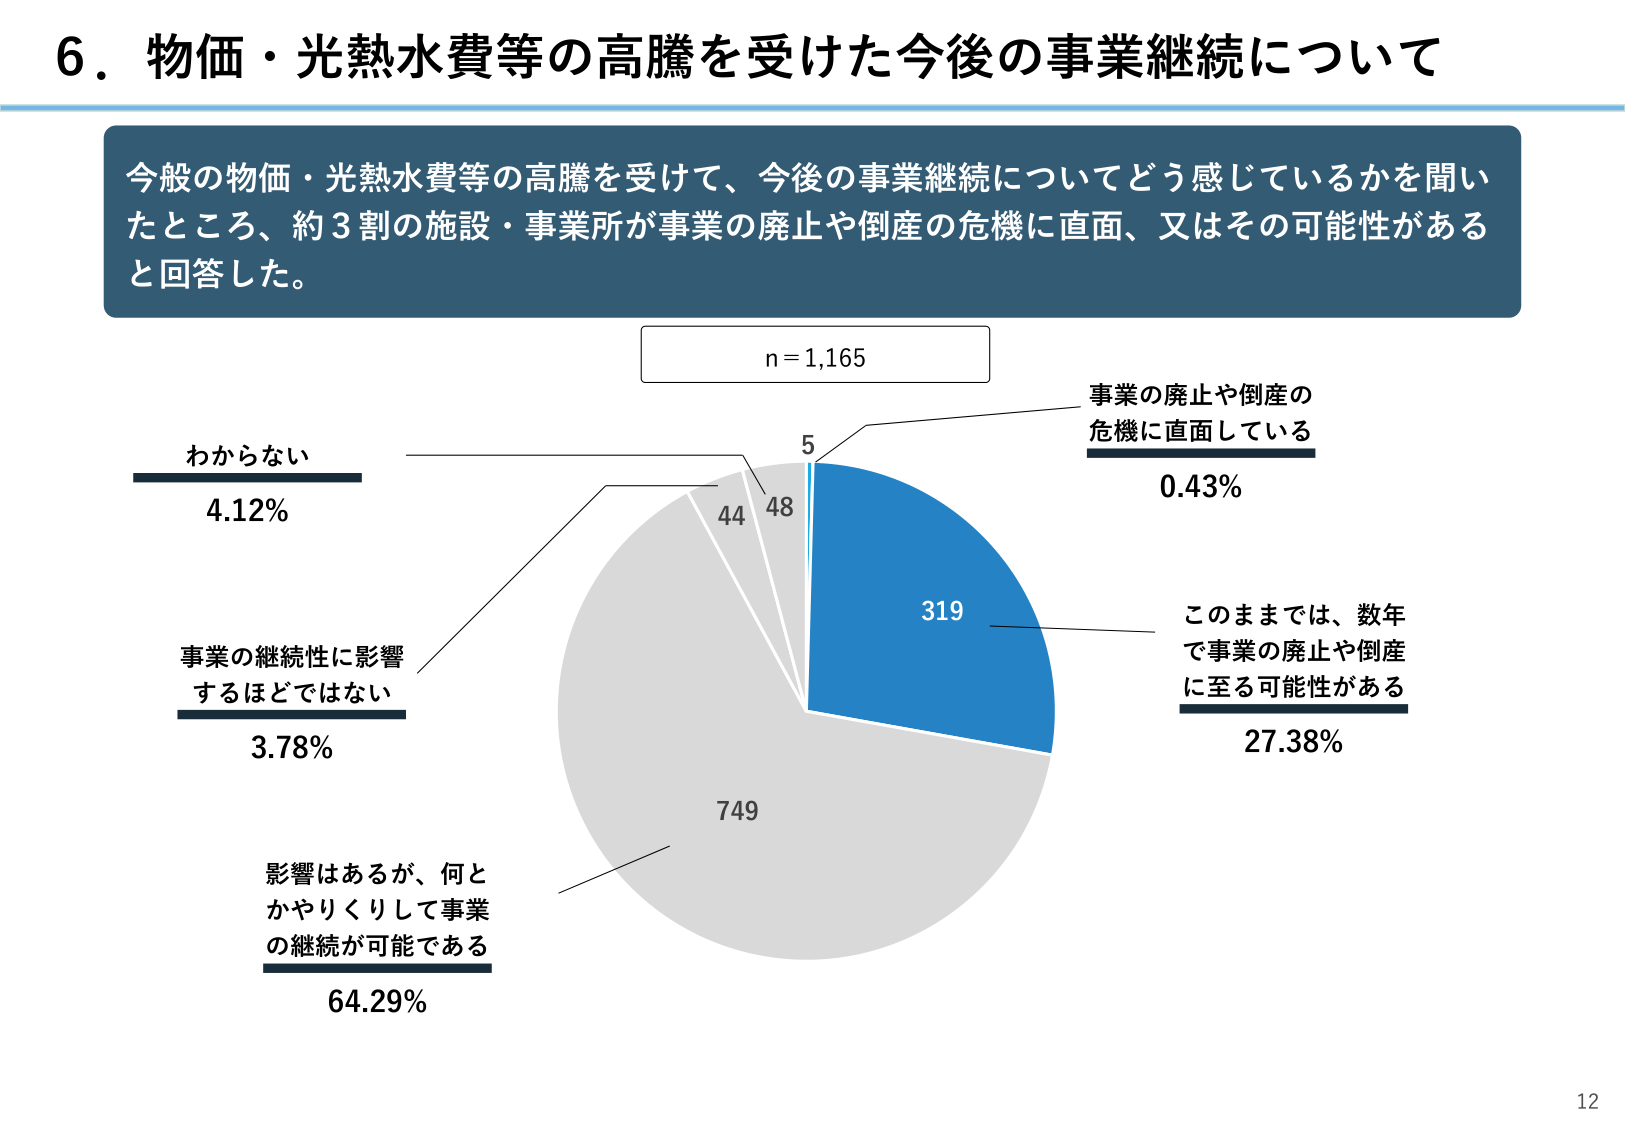
6．物価・光熱水費等の高騰を受けた今後の事業継続について

今般の物価・光熱水費等の高騰を受けて、今後の事業継続についてどう感じているかを聞いたところ、約3割の施設・事業所が事業の廃止や倒産の危機に直面、又はその可能性があると回答した。

n = 1,165

事業の廃止や倒産の
危機に直面している
0.43%
5

このままでは、数年
で事業の廃止や倒産
に至る可能性がある
27.38%
319

影響はあるが、何と
かやりくりして事業
の継続が可能である
64.29%
749

事業の継続性に影響
するほどではない
3.78%
44

わからない
4.12%
48

12